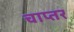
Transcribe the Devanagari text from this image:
चाप्तर